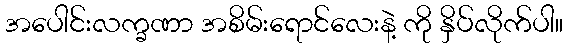
အပေါင်းလက္ခဏာ အစိမ်းရောင်လေးနဲ့ ကို နှိပ်လိုက်ပါ။